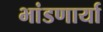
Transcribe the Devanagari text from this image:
भांडणार्या